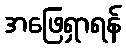
အဖြေရှာရန်